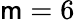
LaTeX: \mathsf{m}=6